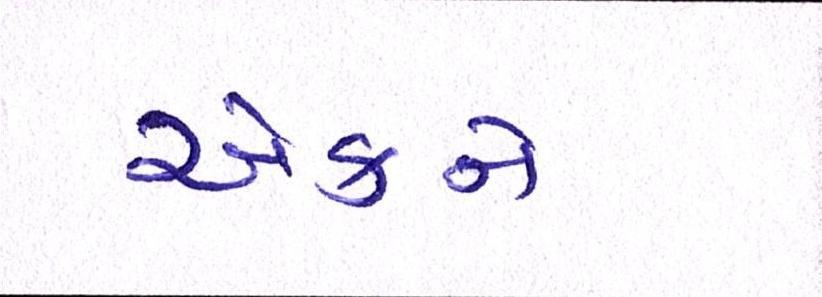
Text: એકને